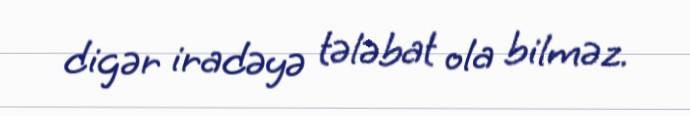
digər iradəyə tələbat ola bilməz.